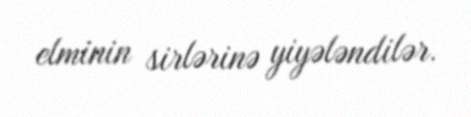
elminin sirlərinə yiyələndilər.